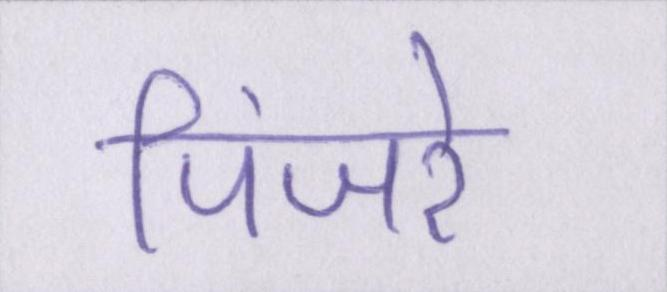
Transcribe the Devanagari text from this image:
पिंजरे